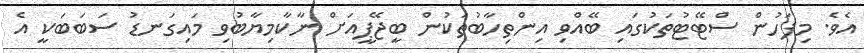
އެވެ. މިފަހުން ސްޓޭޓުތަކުގައި ބޭއްވި އިންތިހާބުތަކުން ބީޖޭޕީއަށް ނާކާމިޔާބުވި މައިގަނޑު ސަބަބަކީ އެ